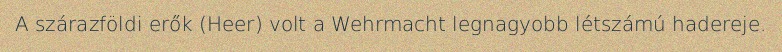
A szárazföldi erők (Heer) volt a Wehrmacht legnagyobb létszámú hadereje.